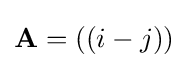
\mathbf {A} =((i-j))